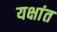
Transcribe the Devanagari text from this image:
यक्षांत